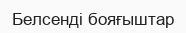
Белсенді бояғыштар